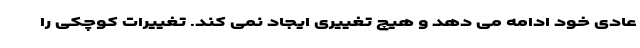
عادی خود ادامه می دهد و هیچ تغییری ایجاد نمی کند. تغییرات کوچکی را